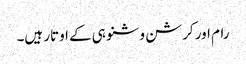
رام اور کرشن وشنو ہی کے اوتار ہیں۔